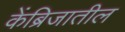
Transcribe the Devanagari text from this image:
केंब्रिजातील